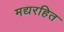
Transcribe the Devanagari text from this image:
मद्यरहित